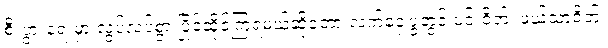
စီးပွားရေးမှာ လွပ်လပ်စွာ ပြိုင်ဆိုင်ကြရမယ်ဆိုတော့ လက်ဝှေ့ပွဲတွင် ပင်းဝိတ်၊ ဖယ်သာဝိတ်၊